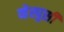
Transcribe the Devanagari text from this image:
व्हेस्पुसी